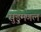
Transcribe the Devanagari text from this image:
सुड़ुमणल